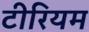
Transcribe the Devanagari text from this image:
टीरियम